Lunatic asylums Madras 1877-1891 - 1877-1891
Year: 1877
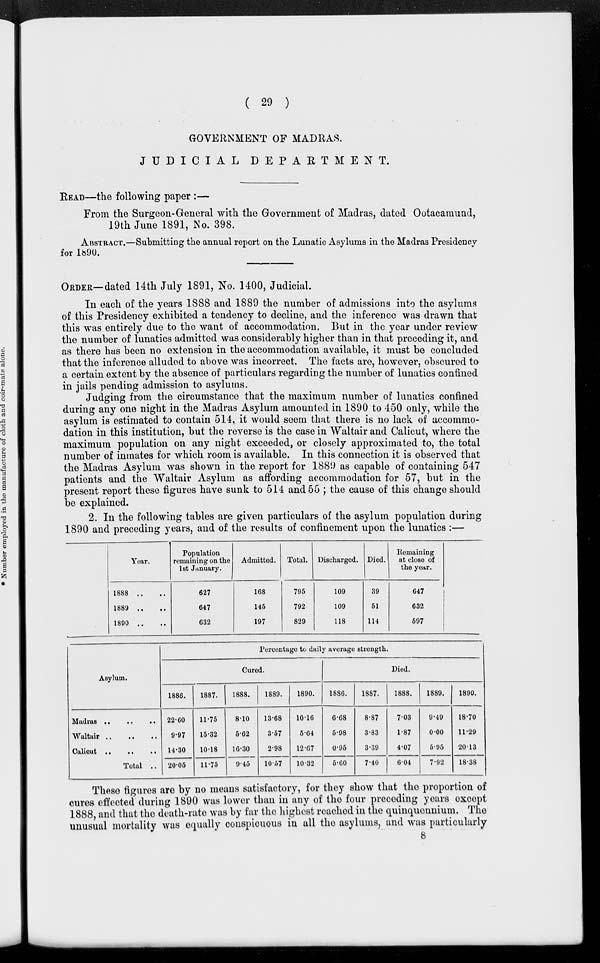
( 29 )
GOVERNMENT OF MADRAS.
JUDICIAL
DEPARTMENT.
READ—the following paper :—
From the Surgeon-General with the Government of Madras, dated Ootacamund,
19th June 1891, No. 398.
ABSTRACT.—Submitting the annual report on the Lunatic Asylums in the Madras Presidency
for 1890.
ORDER—dated 14th July 1891, No. 1400, Judicial.
In each of the years 1888 and 1889 the number of admissions into the asylums
of this Presidency exhibited a tendency to decline, and the inference was drawn that
this was entirely due to the want of accommodation. But in the year under review
the number of lunatics admitted was considerably higher than in that preceding it, and
as there has been no extension in the accommodation available, it must be concluded
that the inference alluded to above was incorrect. The facts are, however, obscured to
a certain extent by the absence of particulars regarding the number of lunatics confined
in jails pending admission to asylums.
Judging from the circumstance that the maximum number of lunatics confined
during any one night in the Madras Asylum amounted in 1890 to 450 only, while the
asylum is estimated to contain 514, it would seem that there is no lack of accommo-
dation in this Institution, but the reverse is the case in Waltair and Calicut, where the
maximum population on any night exceeded, or closely approximated to, the total
number of inmates for which room is available. In this connection it is observed that
the Madras Asylum was shown in the report for 1889 as capable of containing 547
patients and the Waltair Asylum as affording accommodation for 57, but in the
present report these figures have sunk to 514 and 55 ; the cause of this change should
be explained.
2. In the following tables are given particulars of the asylum population during
1890 and preceding years, and of the results of confinement upon the lunatics :—
Year.
1888 .. ..
1889 .. ..
1890 .. ..
Population
remaining on the
1st January.
627
647
632
Admitted.
168
145
197
Total.
795
792
829
Discharged.
109
109
118
Died.
39
51
114
Remaining
at close of
the year.
647
632
597
Asylum.
Madras .. .. ..
Waltair
..
..
..
Calicut .. .. ..
Total ..
Percentage to daily average strength.
Cured.
1886.
22.60
9.97
14.30
20.05
1887.
11.75
15.32
10.18
11.75
1888.
8.10
5.62
16.30
9.45
1889.
13.68
3.57
2.98
10.57
1890.
10.16
5.64
12.67
10.32
Died.
1886.
6.68
5.98
0.95
5.60
1887.
8.87
3.83
3.39
7.40
1888.
7.03
1.87
4.07
6.04
1889.
9.49
0.00
5.95
7.92
1890.
18.70
11.29
20.13
18.38
These figures are by no means satisfactory, for they show that the proportion of
cures effected during 1890 was lower than in any of the four preceding years except
1888, and that the death-rate was by far the highest reached in the quinquennium. The
unusual mortality was equally conspicuous in all the asylums, and was particularly
8